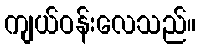
ကျယ်ဝန်းလေသည်။